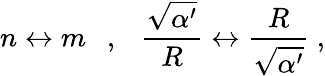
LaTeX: n\leftrightarrow m\ \ \ ,\ \ \ \frac{\sqrt{\alpha^{\prime}}}{R}\leftrightarrow\frac{R}{\sqrt{\alpha^{\prime}}}\ ,